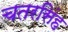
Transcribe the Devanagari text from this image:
चतरसिंह